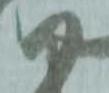
尉